King Institute of Preventive Medicine Micro-Biological Section reports 1912-19
Year: 1912
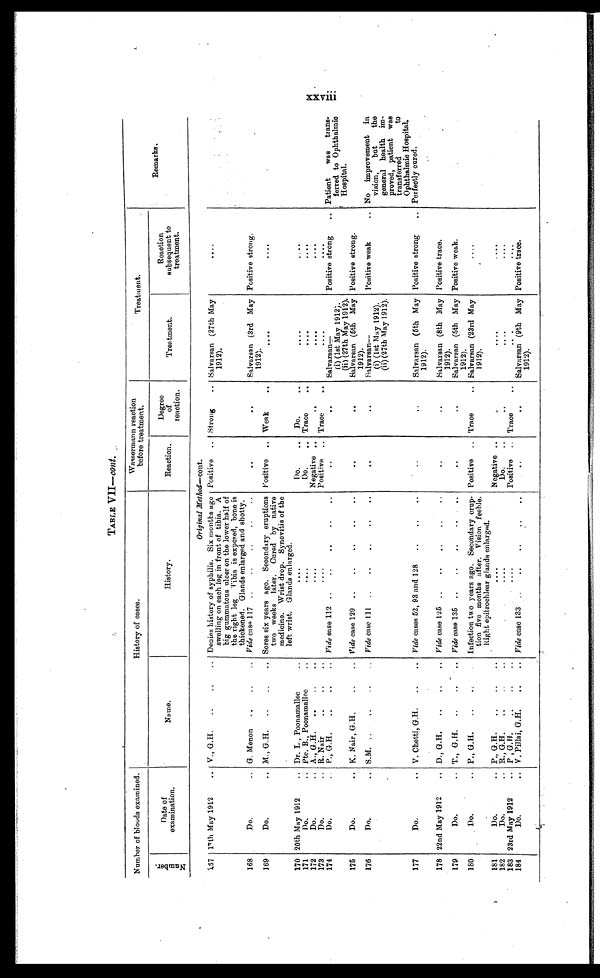
TABLE VII—cont.
Number of bloods examined.
History of cases.
Wassermann reaction
before treatment.
Treatment.
N u m b e r .
Date of
examination.
Name.
History.
Reaction.
Degree
of
reaction.
Treatment.
Reaction
subsequent to
treatment.
Remarks.
Original Method—cont.
167 17th May 1912 . . . V.., G.H. . . .
Denies history of syphilis. Six months ago
swelling on each leg in front of tibia. A
big gummatous ulcer on the lower half of
the right leg Tibia is exposed, bone is
thickened. Glands enlarged and shotty.
Positive . . . Strong . . . Salvarsan (27th May
1912).
. . .
168
Do. . . . G. Menon . . .
Vide case 117 . . .
. . .
. . .
Salvarsan (3rd May
1912).
Positive strong.
. . .
169
Do. . . . M.., G.H. . . .
Sores six years ago. Secondary eruptions
two weeks later. Cured by native
medicine. Wrist drop. Synovitis of the
left wrist. Glands enlarged.
Positive . . . Weak . . .
. . .
. . .
170 20th May 1912 . . . Dr. L , Poonamallee . . .
. . .
Do. . . . Do. . . .
. . .
. . .
171
Do. . . . Pte. B., Poonamallee . . .
. . .
Do. . . .. Trace
. . .
. . .
. . .
172
Do. . . . A., G.H. . . .
. . .
Negative . . .
. . .
. . .
. . .
173
Do . . . R. Nair . . .
. . .
Positive . . . Trace . . .
. . .
. . .
174
Do. . . .
P.., G.H. . . .
Vide case 112 . . .
. . .
. . .
S a l v a r s a n —
(i) (1st May 1912).
(ii) (27th May 1912).
Positive strong . . .
Patient was trans-
ferred to Ophthalmic
Hospital.
175
Do. . . . K. Nair, G.H. . . .
Vide case 129 . . .
. . .
. . .
Salvarsan (5th May
1912).
Positive strong.
176
Do. . . .
Vide case 111 . . .
. . .
. . .
S l v a r s a n —
(i) (1st May 1912).
(ii) (27th May 1912).
Positive weak . . .
No improvement in
vision, but theg e n e r a l h e a l t h i m - p r o v e d , p a t i e n t w a s t r a n s f e r r e d t o O p h t h a l m i c H o s p i t a l .
177
Do. . . . V. Chetti, G.H. . . .
Videce a s e s 5 2 , 9 3 a n d 1 2 8 . . .
. . .
. . .
Salvarsan (5th May
1912).
Positive strong . . .
Perfectly cured.
178 22nd May 1912 . . . D.., G.H. . . .
_
Vide case 125 . . .
. . .
. . .
Salvarsan (8th May
1912).
Positive trace.
179
Do. . . . T.., G.H. . . .
Vide case 135 . . .
. . .
. . .
Salvarsan (5th May
1912).
Positive weak.
180
Do. . . . P.., G.H. . . .
Infection two years ago. Secondary crup-
tion five months after. Vision feeble.
Right epitrochlear glands enlarged.
Positive . . . Trace . . . Salvarsan (23rd May
1912).
. . .
181
Do. . . . P.,, G.H. . . .
. . .
Negative . . .
. . .
. . .
. . .
182
Do. . . . R., G.H. . . .
. . .
Do. . . .
. . .
. . .
. . .
183 23rd May 1912 . . . P,, G.H. . . .
. . .
Positive . . . Trace . . .
. . .
. . .
184
Do. . . . V. Pillai, G.H. . . .
Vide case 133 . . .
. . .
. . .
Salvarsan (9th May
1912).
Positive trace.